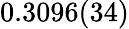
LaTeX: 0.3096(34)